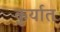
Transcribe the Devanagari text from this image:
कुर्यात